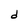
Character: d